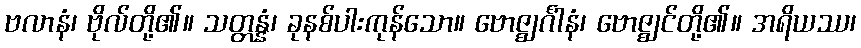
ဗလာနံ၊ ဗိုလ်တို့၏။ သတ္တန္နံ၊ ခုနစ်ပါးကုန်သော။ ဗောဇ္ဈင်္ဂါနံ၊ ဗောဇ္ဈင်တို့၏။ အရိယဿ၊